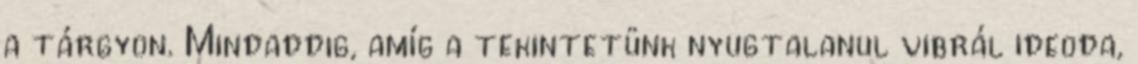
a tárgyon. Mindaddig, amíg a tekintetünk nyugtalanul vibrál ideoda,